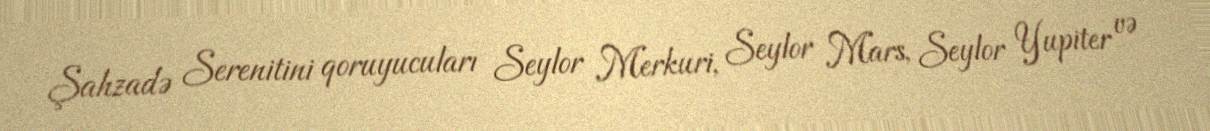
Şahzadə Serenitini qoruyucuları Seylor Merkuri, Seylor Mars, Seylor Yupiter və